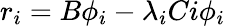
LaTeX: r_{i}=B\phi_{i}-\lambda_{i}C{i}\phi_{i}